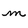
Character: m